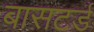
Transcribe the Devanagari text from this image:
बासटर्ड